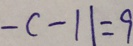
- c - 1 1 = 9